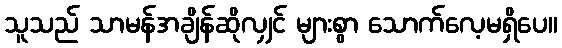
သူသည် သာမန်အချိန်ဆိုလျှင် များစွာ သောက်လေ့မရှိပေ။